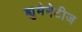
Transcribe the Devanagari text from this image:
ह्युमेनेटीज